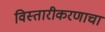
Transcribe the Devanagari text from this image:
विस्तारीकरणाचा